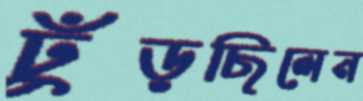
ঢুঁড়ছিলেন